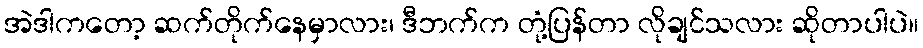
အဲဒါကတော့ ဆက်တိုက်နေမှာလား၊ ဒီဘက်က တုံ့ပြန်တာ လိုချင်သလား ဆိုတာပါပဲ။